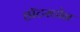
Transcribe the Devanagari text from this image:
हॉटस्टोन